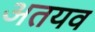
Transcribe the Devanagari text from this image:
अतयव